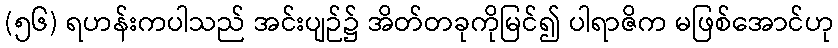
(၅၆) ရဟန်းကပါသည် အင်းပျဉ်၌ အိတ်တခုကိုမြင်၍ ပါရာဇိက မဖြစ်အောင်ဟု